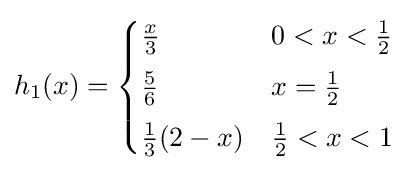
h_{1}(x)={\begin{cases}{\frac {x}{3}}&0<x<{\frac {1}{2}}\\[4pt]{\frac {5}{6}}&x={\frac {1}{2}}\\[4pt]{\frac {1}{3}}(2-x)&{\frac {1}{2}}<x<1\end{cases}}